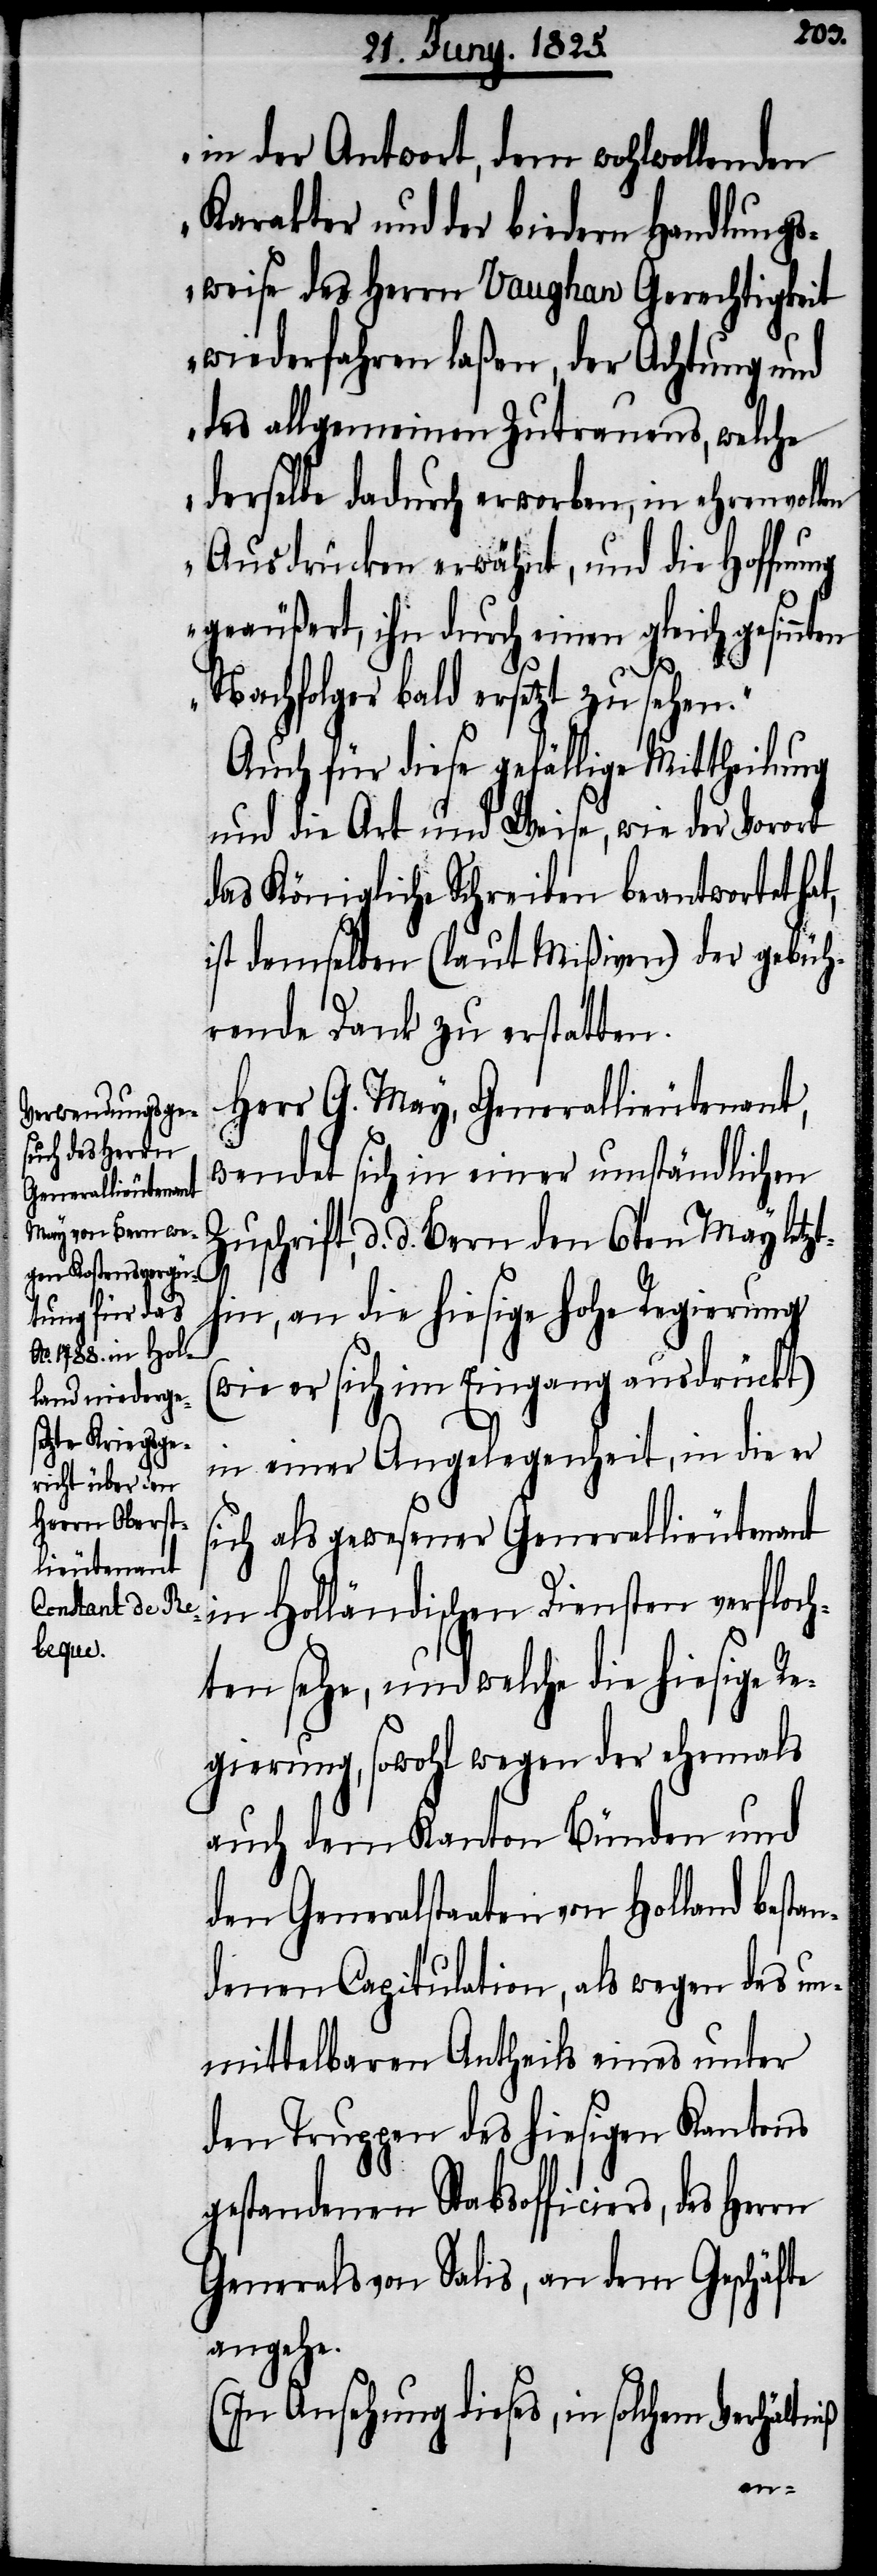
lem
in der Antwort, dem wohlwollenden
Karakter und der biedern Handlungs¬
weise des Herrn Vaughan Gerechtigkeit
wiederfahren laßen, der Achtung und
des allgemeinen Zutrauens, welche
derselbe dadurch erworben, in ehrenvol¬
Ausdrücken erwähnt, und die Hoffnung
geäußert, ihn dadurch einen gleichgesinnten
Nachfolger bald ersetzt zu sehen.“
Auch für diese gefällige Mittheilung
und die Art und Weise, wie der Vorort
das Königliche Schreiben beantwortet
ist demselben (lt. Mißiven) der gebüh¬
rende Dank zu erstatten.
Herr G. May, Generallieutenant,
wendet sich in einer umständlichen
Zuschrift, d. d. Bern den 6ten May letzt¬
hin, an die hiesige hohe Regierung
(wie er sich im Eingang ausdrückt)
in einer Angelegenheit, in die er
sich als gewesener Generallieutenant
in Holländischen Diensten verfloch¬
ten sehe, und welche die hiesige Re¬
gierung, sowohl wegen der ehemals
auch dem Kanton Bünden und
den Generalstaaten von Holland best¬
denen Capitulation, als wegen des un¬
mittelbaren Antheils eines unter
den Truppen des hiesigen Kantons
gestandenen Stabsofficiers, des
Generals von Salis, an dem Geschäfte
angehe.
(In Ansehung dieses, in solchem Verhält¬
niß